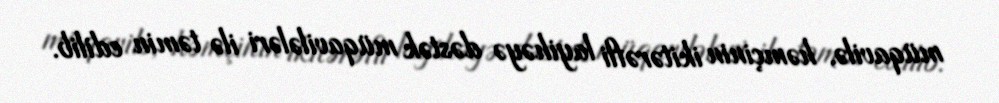
müqavilə, həmçinin ikitərəfli layihəyə dəstək müqavilələri ilə təmin edilib.